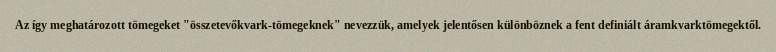
Az így meghatározott tömegeket "összetevőkvark-tömegeknek" nevezzük, amelyek jelentősen különböznek a fent definiált áramkvarktömegektől.